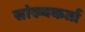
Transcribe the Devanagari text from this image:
सांख्यकर्ता